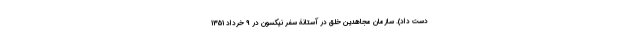
دست داد). سازمان مجاهدین خلق در آستانۀ سفر نیکسون در 9 خرداد 1351